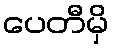
ပေတီမှိ